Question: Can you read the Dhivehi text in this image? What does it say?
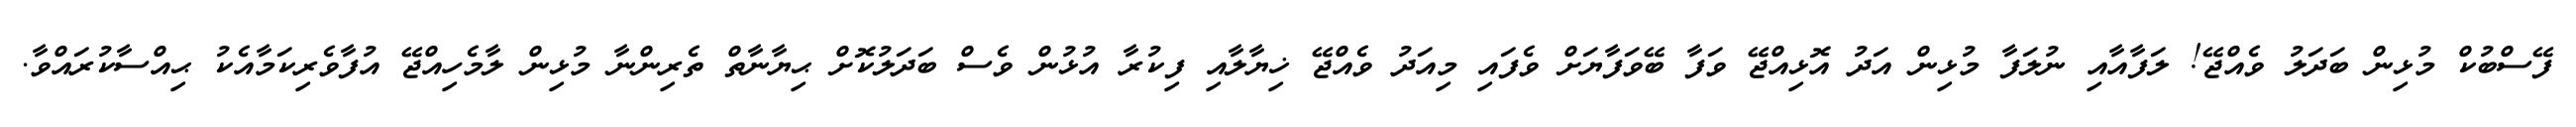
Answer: ފޭސްބުކް މުޅިން ބަދަލު ވެއްޖޭ! ލަފާއާއި ނުލަފާ މުޅިން އަދު އޮޅިއްޖޭ ވަފާ ބޭވަފާޔަށް ވެފައި މިއަދު ވެއްޖޭ ޚިޔާލާއި ފިކުރާ އުޅުން ވެސް ބަދަލުކޮށް ޙިޔާނާތް ތެރިންނާ މުޅިން ލާމެހިއްޖޭ އުފާވެރިކަމާއެކު ޙިއްސާކުރައްވާ.